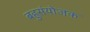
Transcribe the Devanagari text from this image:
बहुसंयोजक